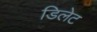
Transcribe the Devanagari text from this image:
डिलेट